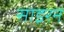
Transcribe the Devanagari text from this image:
साइरन